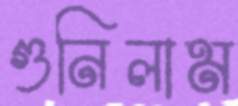
গুনিলাম